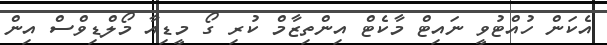
އެކަން ހުއްޓުވީ ނައިޓް މާކެޓް އިންތިޒާމް ކުރި ގޯ މީޑިއާ މޯލްޑިވްސް އިން